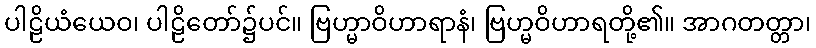
ပါဠိယံယေဝ၊ ပါဠိတော်၌ပင်။ ဗြဟ္မာဝိဟာရာနံ၊ ဗြဟ္မဝိဟာရတို့၏။ အာဂတတ္တာ၊